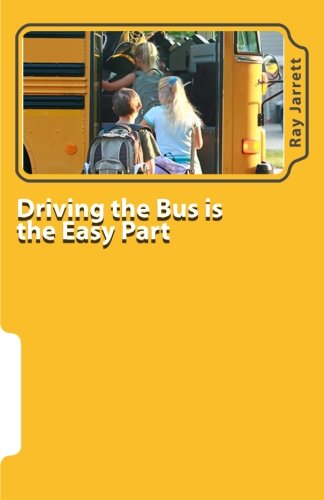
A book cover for Driving the Bus is the Easy Part: A Guide to Student Management; Ray Jarrett; Test Preparation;